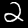
Digit: 2